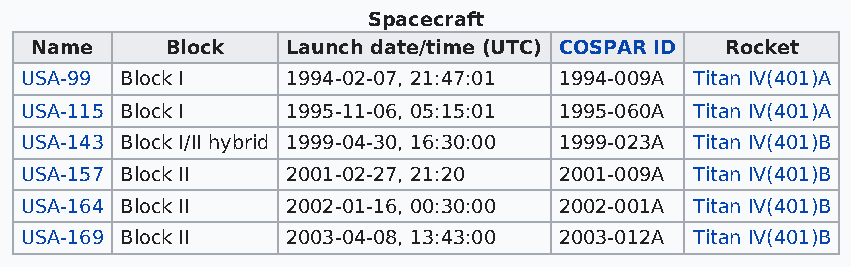
Spacecraft
 Name     Block   Launch date/time (UTC) COSPAR ID Rocket
 USA-99 Block I    1994-02-07, 21:47:01 1994-009A Titan IV(401)A
 USA-115 Block I   1995-11-06, 05:15:01 1995-060A Titan IV(401)A
 USA-143 Block I/II hybrid 1999-04-30, 16:30:00 1999-023A Titan IV(401)B
 USA-157 Block II  2001-02-27, 21:20 2001-009A Titan IV(401)B
 USA-164 Block II  2002-01-16, 00:30:00 2002-001A Titan IV(401)B
 USA-169 Block II  2003-04-08, 13:43:00 2003-012A Titan IV(401)B